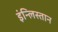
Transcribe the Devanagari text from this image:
इंन्लिस्तान